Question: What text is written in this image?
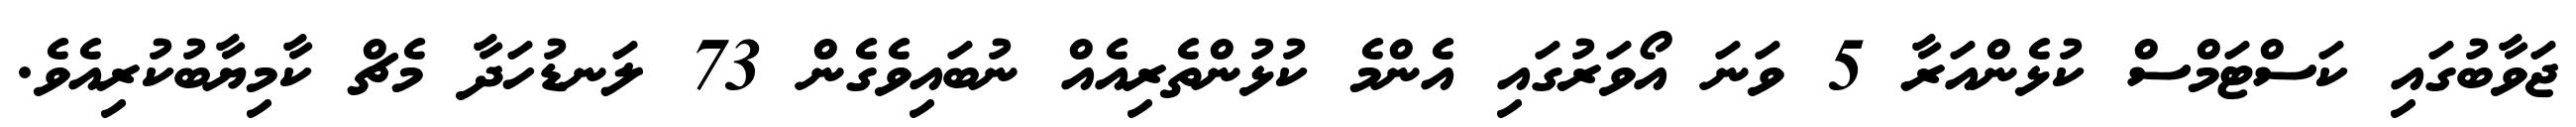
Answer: ޖަވާބުގައި ކަސްޓަމްސް ކުޅެންއަރާ 5 ވަނަ އޯވަރުގައި އެންމެ ކުޅުންތެރިއެއް ނުބައިވެގެން 73 ލަނޑުހަދާ މެޗް ކާމިޔާބުކުރިއެވެ.